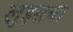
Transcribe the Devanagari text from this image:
लुइसचा